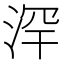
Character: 浫